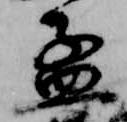
孟